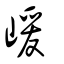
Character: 嵈